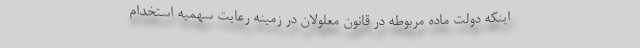
اينكه دولت ماده مربوطه در قانون معلولان در زمينه رعايت سهميه استخدام